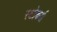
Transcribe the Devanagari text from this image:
स्टोकर्स